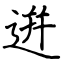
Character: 逬